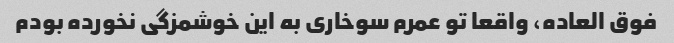
فوق العاده، واقعا تو عمرم سوخاری به این خوشمزگی نخورده بودم